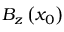
B _ { z } \left( x _ { 0 } \right)